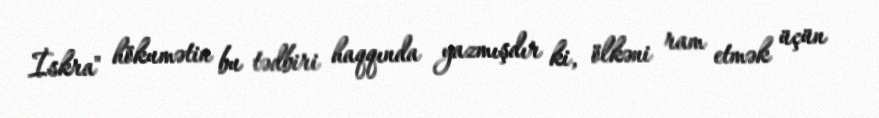
İskra" hökumətin bu tədbiri haqqında yazmışdır ki, ölkəni ram etmək üçün